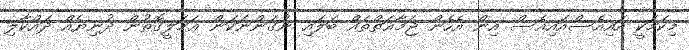
މިކަމަކީ އައިއެސްއައިއެސް އިން އެހެން ޖަމާޢަތްތައް ބަލައި ނުގަންނަކަން ޢަމަލީގޮތުން ދުނިޔެއް ދައްކާލި